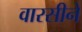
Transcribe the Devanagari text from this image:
वारसीने